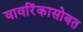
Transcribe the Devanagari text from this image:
वावरिंकासोबत